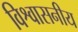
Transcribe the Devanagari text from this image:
विश्वासनीय